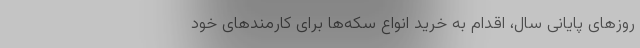
روزهای پایانی سال، اقدام به خرید انواع سکه‌ها برای کارمندهای خود